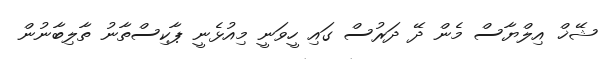
ޝޭޚް އިލްޔާސް މެން ދޭ ދަރުސް ގައި ހީވަނީ މިއުޅެނީ ޕާކިސްތާނު ތާލިބާނުން